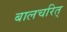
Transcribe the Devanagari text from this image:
बालचरित्